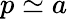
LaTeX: p\simeq a